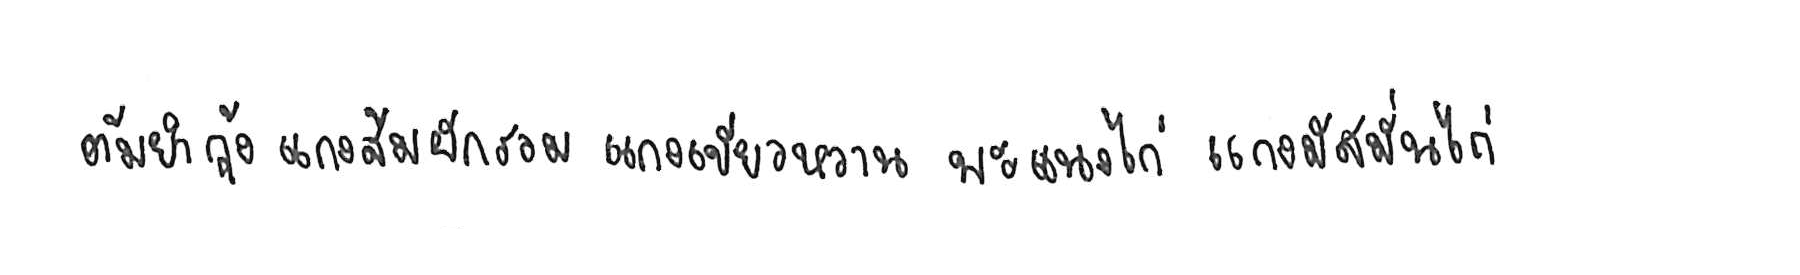
ต้มยำกุ้ง แกงส้มผักรวม แกงเขียวหวาน พะแนงไก่ แกงมัสมั่นไก่